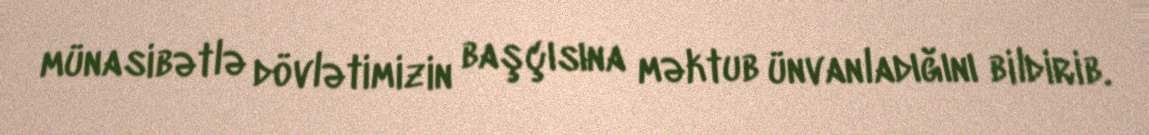
münasibətlə dövlətimizin başçısına məktub ünvanladığını bildirib.